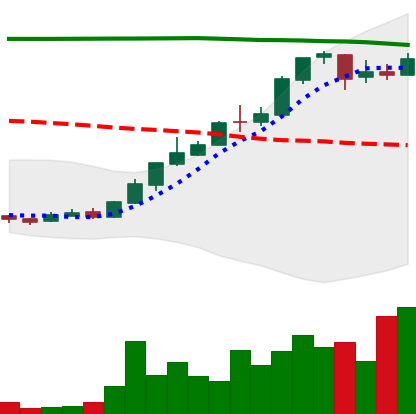
Ticker: DOGE-USD
Chart end date: 2018-04-24
Forward return: -5.879%
Label: down_5_7